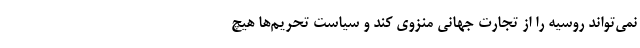
نمی‌تواند روسیه را از تجارت جهانی منزوی کند و سیاست تحریم‌ها هیچ